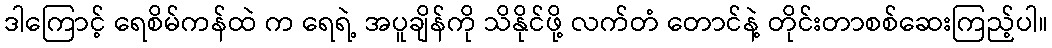
ဒါကြောင့် ရေစိမ်ကန်ထဲ က ရေရဲ့ အပူချိန်ကို သိနိုင်ဖို့ လက်တံ တောင်နဲ့ တိုင်းတာစစ်ဆေးကြည့်ပါ။